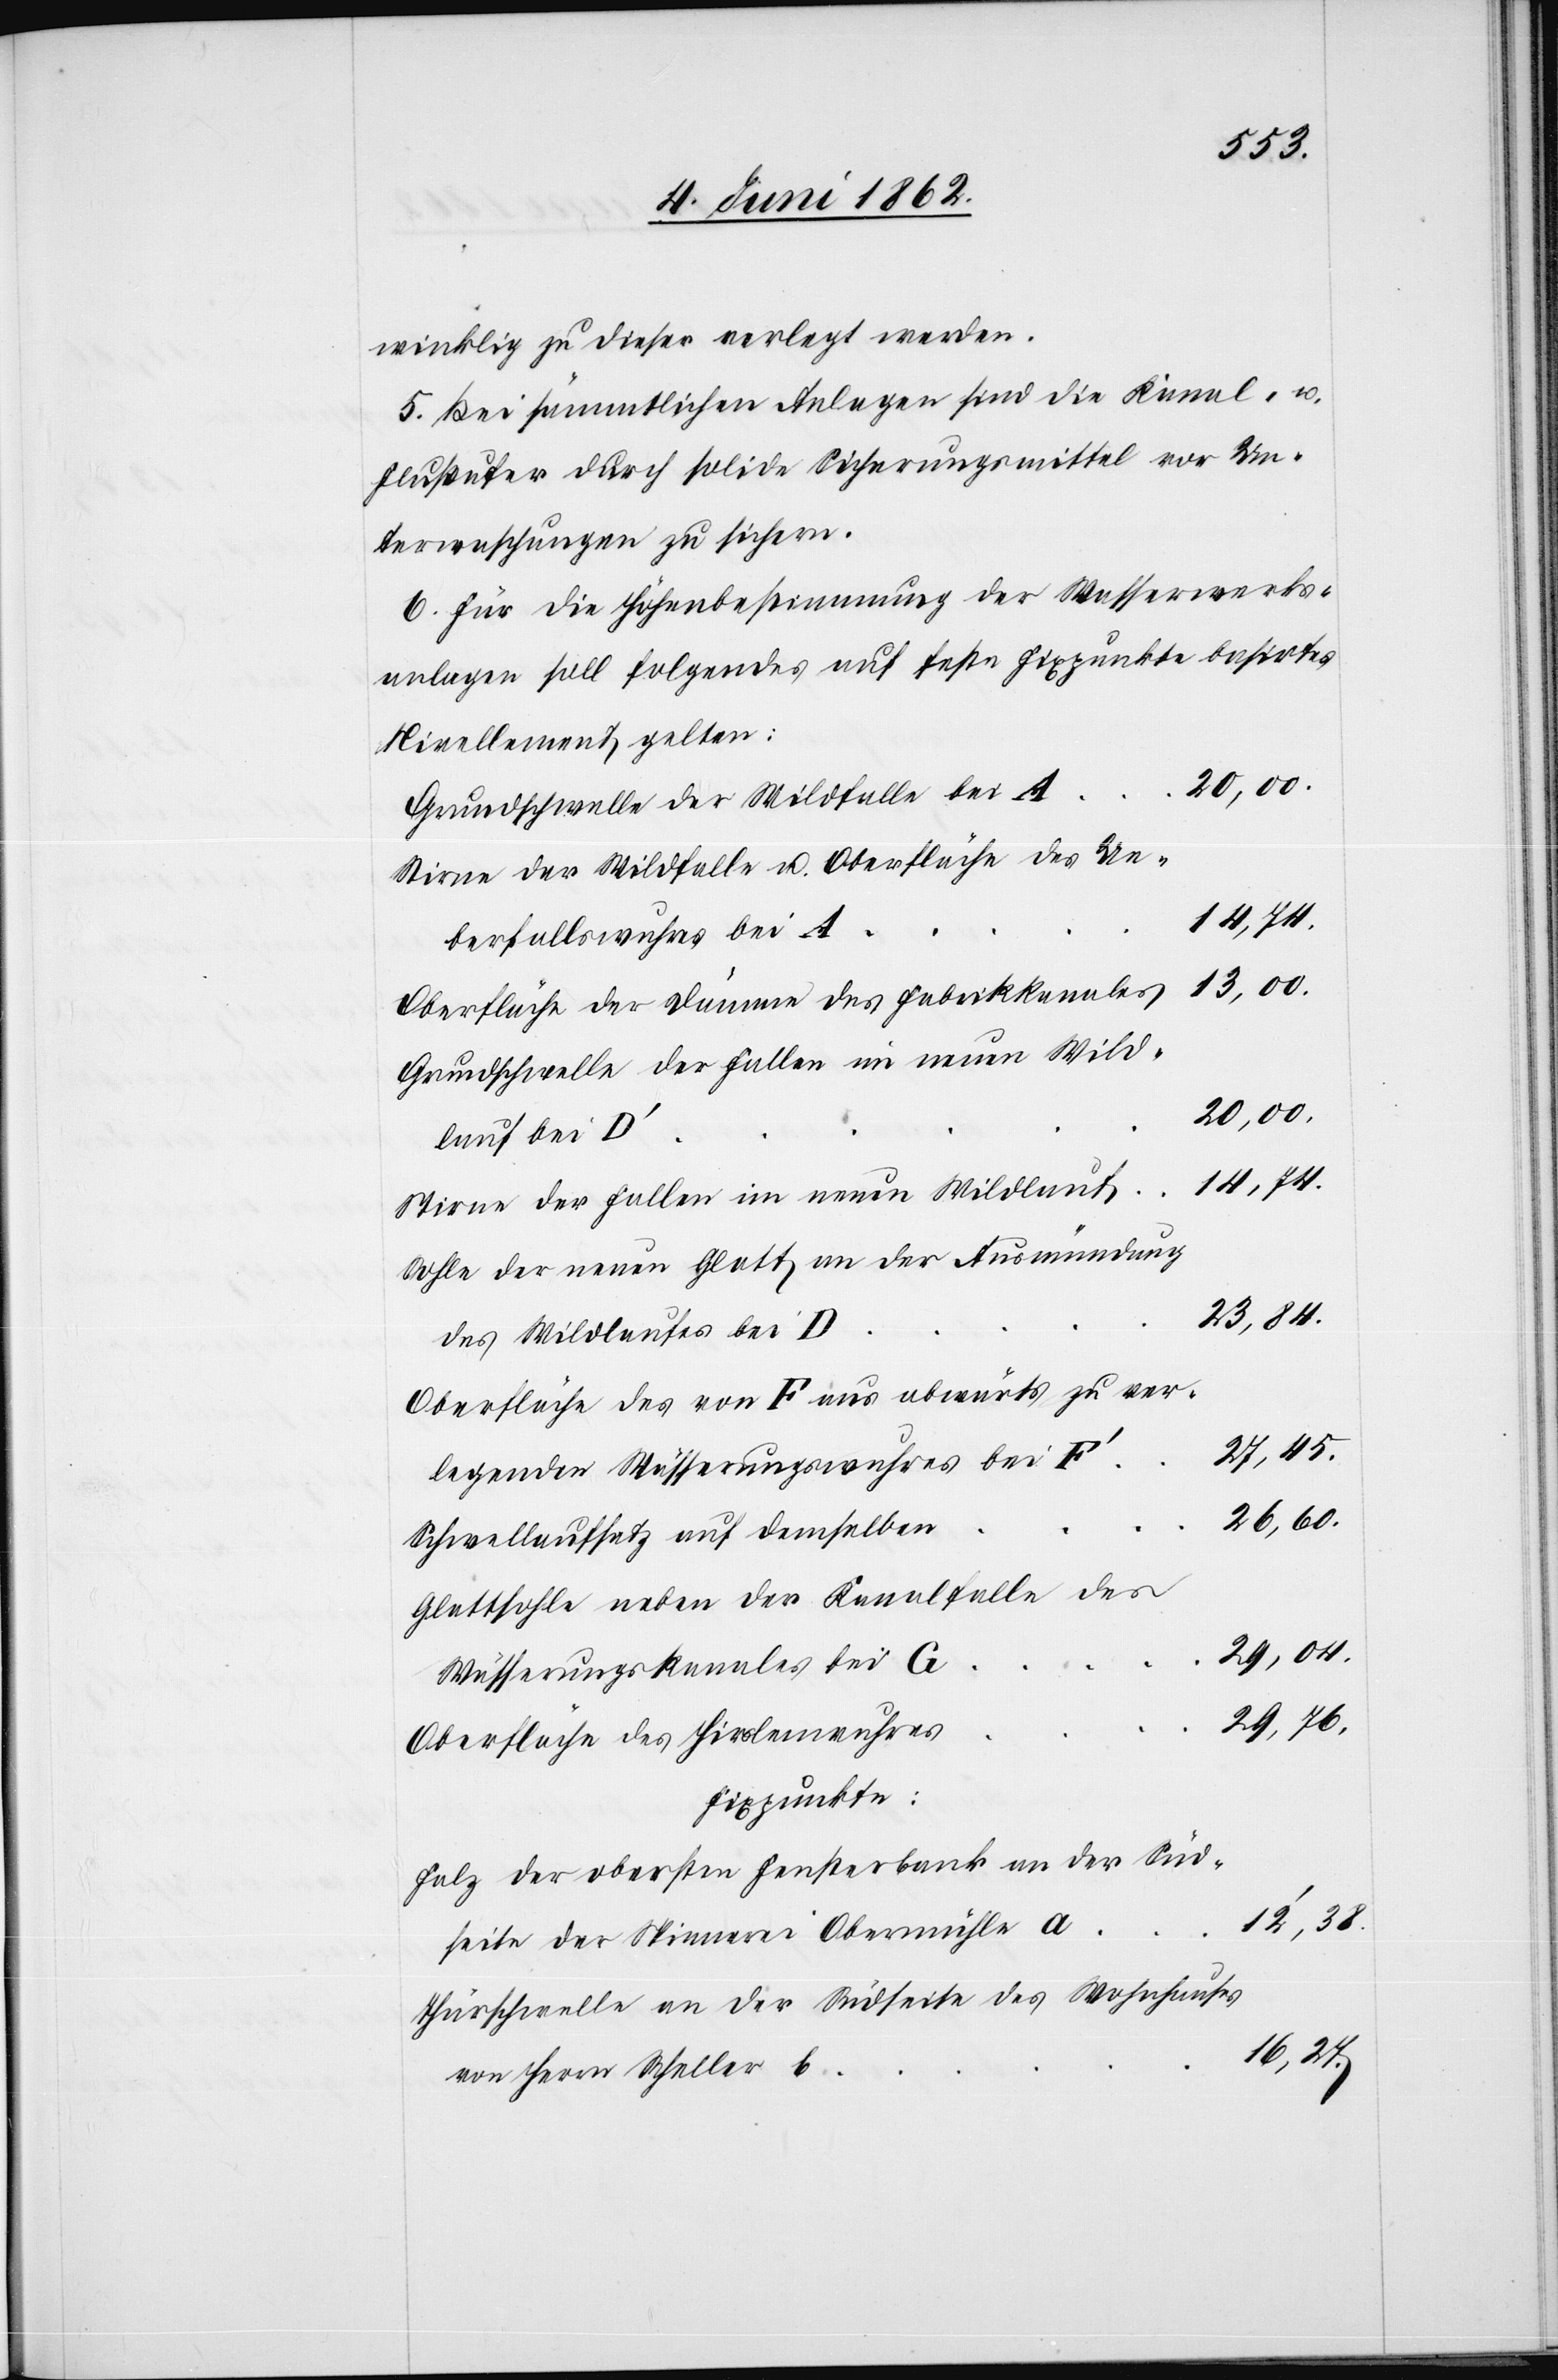
winklig zu dieser verlegt werden.
5. Bei sämmtlichen Anlagen sind die Kanal- u.
Flußufer durch solide Sicherungsmittel vor Un¬
terwaschungen zu sichern.
6. Für die Höhenbestimmung der Wasserwerks¬
anlagen soll folgendes auf feste Fixpunkte basirtes
Nivellement gelten:
13,00.
Grundschwelle der Wildfalle bei A
Stirne der Wildfalle u. Oberfläche des Ue¬
29,76.
berfallswuhres bei A
Oberfläche der Dämme des Fabrikkanales
Grundschwelle der Fallen im neuen Wild¬
20,00.
lauf bei D’
Stirne der Fallen im neuen Wildlauf
Sohle der neuen Glatt an der Ausmündung
23,84.
des Wildlaufes bei D
Oberfläche des von F aus abwärts zu ver¬
27,45.
legenden Wässerungswuhres bei F’
26,60.
16,27.
Schwellaufsatz auf demselben
Glattsohle neben der Kanalfalle des
29,04.
Wässerungskanales für G
Oberfläche des Hirslenwuhres
Fixpunkte
Falz der obersten Fensterbank an der Süd¬
12’,38.
seite der Spinnerei Obermühle a
Thürschwelle an der Südseite des Wohnhauses
von Herr Scheller b